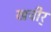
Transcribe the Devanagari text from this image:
खचीर्